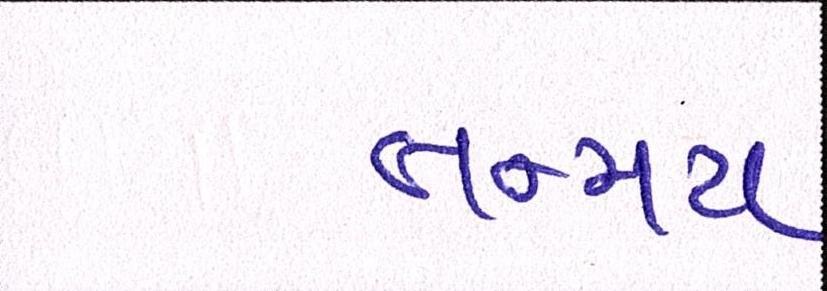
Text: તન્મય